Indian journal of veterinary science and animal husbandry - Volumes 24-25, 1954-1955
Year: 1954
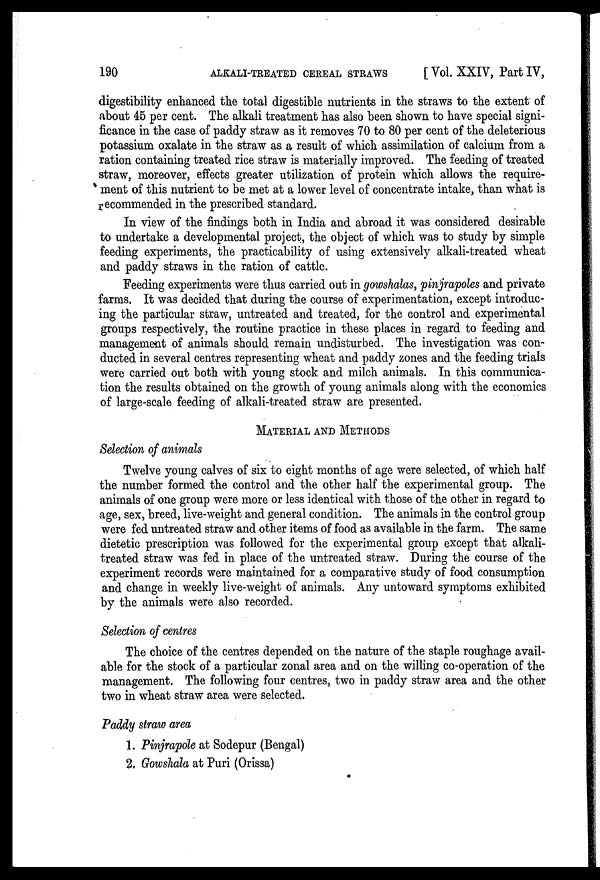
190
ALKALI-TREATED CEREAL STRAWS
[ Vol. XXIV, Part IV,
digestibility enhanced the total digestible nutrients in the straws to the extent of
about 45 per cent. The alkali treatment has also been shown to have special signi-
ficance in the case of paddy straw as it removes 70 to 80 per cent of the deleterious
potassium oxalate in the straw as a result of which assimilation of calcium from a
ration containing treated rice straw is materially improved. The feeding of treated
straw, moreover, effects greater utilization of protein which allows the require-
ment of this nutrient to be met at a lower level of concentrate intake, than what is
recommended in the prescribed standard.
In view of the findings both in India and abroad it was considered desirable
to undertake a developmental project, the object of which was to study by simple
feeding experiments, the practicability of using extensively alkali-treated wheat
and paddy straws in the ration of cattle.
Feeding experiments were thus carried out in gowshalas, pinjrapoles and private
farms. It was decided that during the course of experimentation, except introduc-
ing the particular straw, untreated and treated, for the control and experimental
groups respectively, the routine practice in these places in regard to feeding and
management of animals should remain undisturbed. The investigation was con-
ducted in several centres representing wheat and paddy zones and the feeding trials
were carried out both with young stock and milch animals. In this communica-
tion the results obtained on the growth of young animals along with the economics
of large-scale feeding of alkali-treated straw are presented.
MATERIAL AND METHODS
Selection of animals
Twelve young calves of six to eight months of age were selected, of which half
the number formed the control and the other half the experimental group. The
animals of one group were more or less identical with those of the other in regard to
age, sex, breed, live-weight and general condition. The animals in the control group
were fed untreated straw and other items of food as available in the farm. The same
dietetic prescription was followed for the experimental group except that alkali-
treated straw was fed in place of the untreated straw. During the course of the
experiment records were maintained for a comparative study of food consumption
and change in weekly live-weight of animals. Any untoward symptoms exhibited
by the animals were also recorded.
Selection of centres
The choice of the centres depended on the nature of the staple roughage avail-
able for the stock of a particular zonal area and on the willing co-operation of the
management. The following four centres, two in paddy straw area and the other
two in wheat straw area were selected.
Paddy straw area
1. Pinjrapole at Sodepur (Bengal)
2. Gowshala at Puri (Orissa)